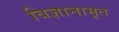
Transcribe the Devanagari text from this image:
विज्ञानामृत